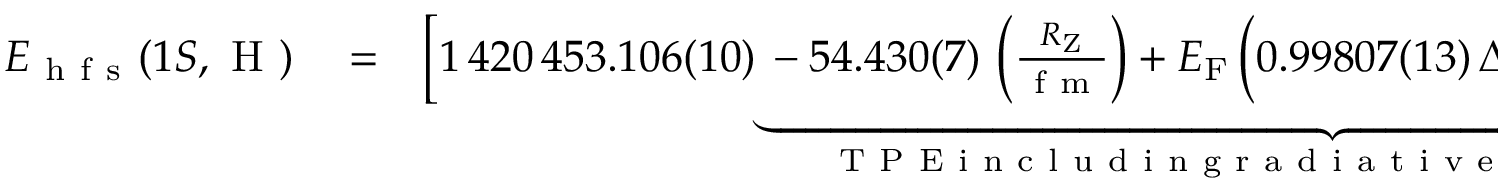
\begin{array} { r l r } { E _ { \mathrm { ~ h ~ f ~ s ~ } } ( 1 S , \mathrm { ~ H ~ } ) } & { { } = } & { \Big [ 1 \, 4 2 0 \, 4 5 3 . 1 0 6 ( 1 0 ) \underbrace { - 5 4 . 4 3 0 ( 7 ) \, \left( \frac { R _ { \mathrm { Z } } } { \mathrm { ~ f ~ m ~ } } \right) + E _ { \mathrm { F } } \, \Big ( 0 . 9 9 8 0 7 ( 1 3 ) \, \Delta _ { \mathrm { r e c o i l } } + 1 . 0 0 0 0 2 \, \Delta _ { \mathrm { p o l . } } \Big ) } _ { \mathrm { ~ T ~ P ~ E ~ i ~ n ~ c ~ l ~ u ~ d ~ i ~ n ~ g ~ r ~ a ~ d ~ i ~ a ~ t ~ i ~ v ~ e ~ c ~ o ~ r ~ r ~ e ~ c ~ t ~ i ~ o ~ n ~ s ~ } } \Big ] \, \mathrm { ~ k ~ H ~ z ~ } } \end{array}